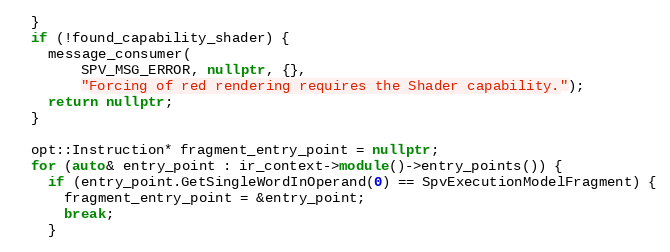
Language: C++
  }
  if (!found_capability_shader) {
    message_consumer(
        SPV_MSG_ERROR, nullptr, {},
        "Forcing of red rendering requires the Shader capability.");
    return nullptr;
  }

  opt::Instruction* fragment_entry_point = nullptr;
  for (auto& entry_point : ir_context->module()->entry_points()) {
    if (entry_point.GetSingleWordInOperand(0) == SpvExecutionModelFragment) {
      fragment_entry_point = &entry_point;
      break;
    }